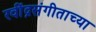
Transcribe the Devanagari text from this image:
रवींद्रसंगीताच्या